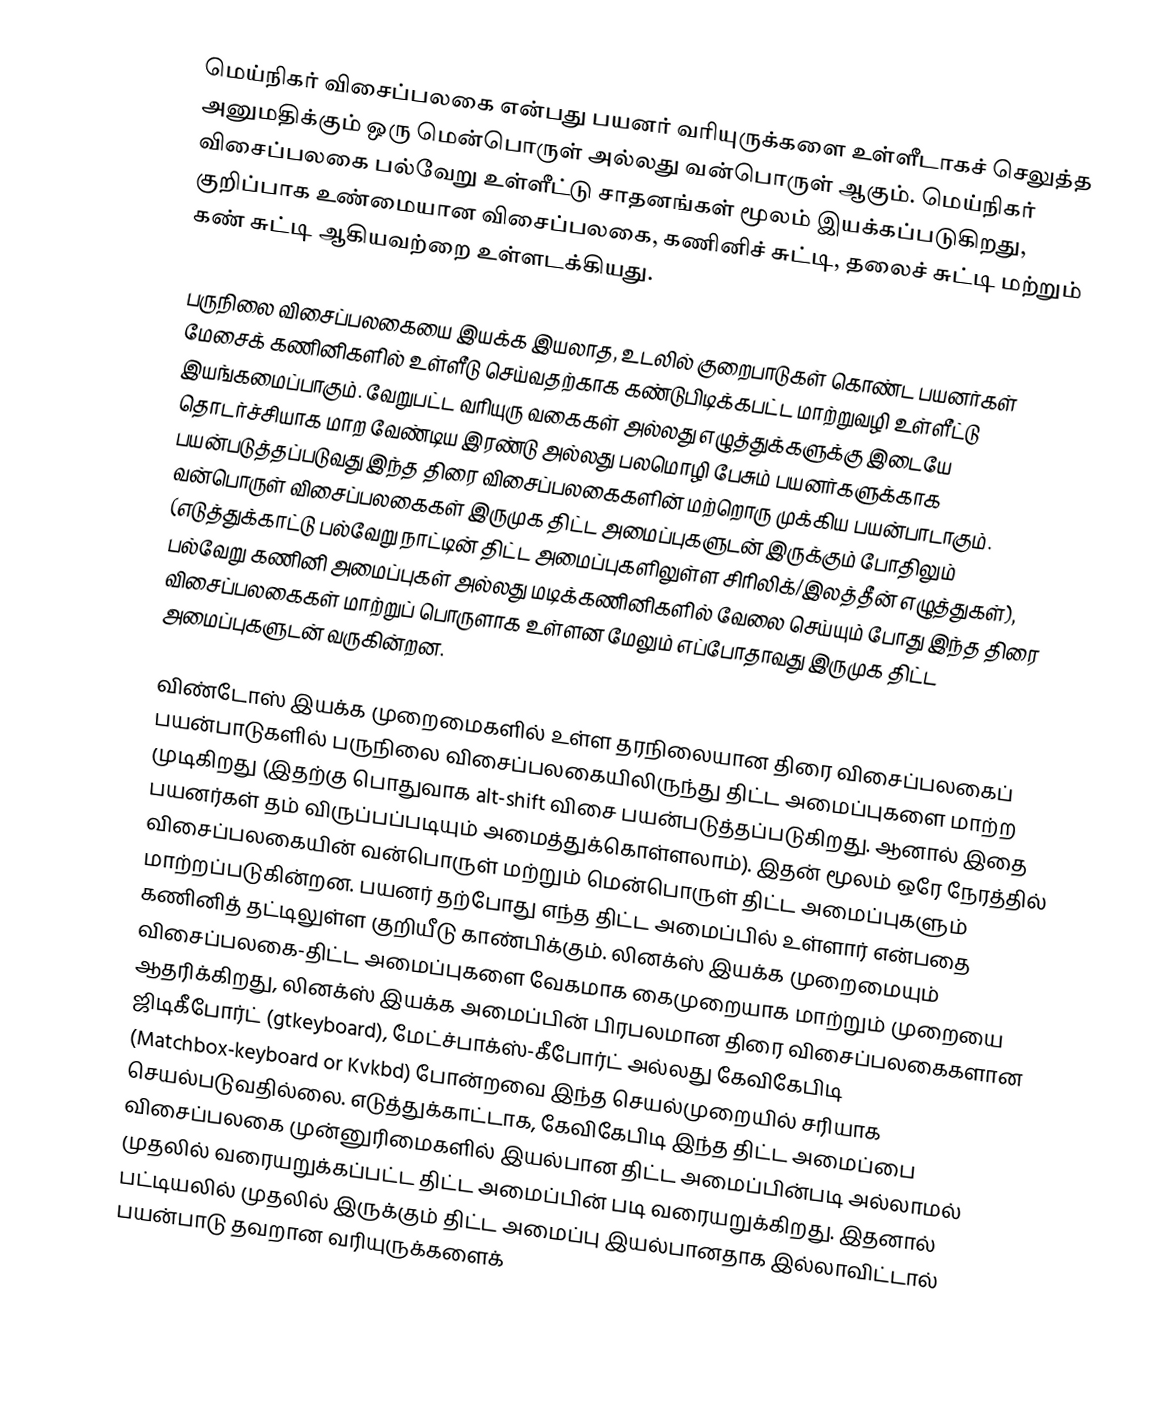
மெய்நிகர் விசைப்பலகை என்பது பயனர் வரியுருக்களை உள்ளீடாகச் செலுத்த அனுமதிக்கும் ஒரு மென்பொருள் அல்லது வன்பொருள் ஆகும். மெய்நிகர் விசைப்பலகை பல்வேறு உள்ளீட்டு சாதனங்கள் மூலம் இயக்கப்படுகிறது, குறிப்பாக உண்மையான விசைப்பலகை, கணினிச் சுட்டி, தலைச் சுட்டி மற்றும் கண் சுட்டி ஆகியவற்றை உள்ளடக்கியது.

பருநிலை விசைப்பலகையை இயக்க இயலாத, உடலில் குறைபாடுகள் கொண்ட பயனர்கள் மேசைக் கணினிகளில் உள்ளீடு செய்வதற்காக கண்டுபிடிக்கபட்ட மாற்றுவழி உள்ளீட்டு இயங்கமைப்பாகும். வேறுபட்ட வரியுரு வகைகள் அல்லது எழுத்துக்களுக்கு இடையே தொடர்ச்சியாக மாற வேண்டிய இரண்டு அல்லது பலமொழி பேசும் பயனர்களுக்காக பயன்படுத்தப்படுவது இந்த திரை விசைப்பலகைகளின் மற்றொரு முக்கிய பயன்பாடாகும். வன்பொருள் விசைப்பலகைகள் இருமுக திட்ட அமைப்புகளுடன் இருக்கும் போதிலும் (எடுத்துக்காட்டு பல்வேறு நாட்டின் திட்ட அமைப்புகளிலுள்ள சிரிலிக்/இலத்தீன் எழுத்துகள்), பல்வேறு கணினி அமைப்புகள் அல்லது மடிக்கணினிகளில் வேலை செய்யும் போது இந்த திரை விசைப்பலகைகள் மாற்றுப் பொருளாக உள்ளன மேலும் எப்போதாவது இருமுக திட்ட அமைப்புகளுடன் வருகின்றன.

விண்டோஸ் இயக்க முறைமைகளில் உள்ள தரநிலையான திரை விசைப்பலகைப் பயன்பாடுகளில் பருநிலை விசைப்பலகையிலிருந்து திட்ட அமைப்புகளை மாற்ற முடிகிறது (இதற்கு பொதுவாக alt-shift விசை பயன்படுத்தப்படுகிறது. ஆனால் இதை பயனர்கள் தம் விருப்பப்படியும் அமைத்துக்கொள்ளலாம்). இதன் மூலம் ஒரே நேரத்தில் விசைப்பலகையின் வன்பொருள் மற்றும் மென்பொருள் திட்ட அமைப்புகளும் மாற்றப்படுகின்றன. பயனர் தற்போது எந்த திட்ட அமைப்பில் உள்ளார் என்பதை கணினித் தட்டிலுள்ள குறியீடு காண்பிக்கும். லினக்ஸ் இயக்க முறைமையும் விசைப்பலகை-திட்ட அமைப்புகளை வேகமாக கைமுறையாக மாற்றும் முறையை ஆதரிக்கிறது, லினக்ஸ் இயக்க அமைப்பின் பிரபலமான திரை விசைப்பலகைகளான ஜிடிகீபோர்ட் (gtkeyboard), மேட்ச்பாக்ஸ்-கீபோர்ட் அல்லது கேவிகேபிடி (Matchbox-keyboard or Kvkbd) போன்றவை இந்த செயல்முறையில் சரியாக செயல்படுவதில்லை. எடுத்துக்காட்டாக, கேவிகேபிடி இந்த திட்ட அமைப்பை விசைப்பலகை முன்னுரிமைகளில் இயல்பான திட்ட அமைப்பின்படி அல்லாமல் முதலில் வரையறுக்கப்பட்ட திட்ட அமைப்பின் படி வரையறுக்கிறது. இதனால் பட்டியலில் முதலில் இருக்கும் திட்ட அமைப்பு இயல்பானதாக இல்லாவிட்டால் பயன்பாடு தவறான வரியுருக்களைக்